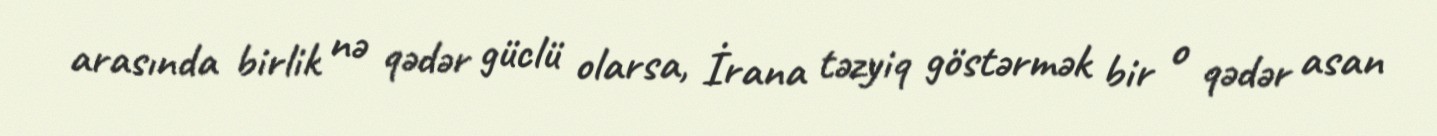
arasında birlik nə qədər güclü olarsa, İrana təzyiq göstərmək bir o qədər asan